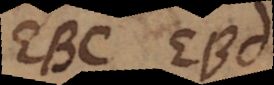
EBC EBD